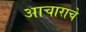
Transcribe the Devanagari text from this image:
आचाराचे